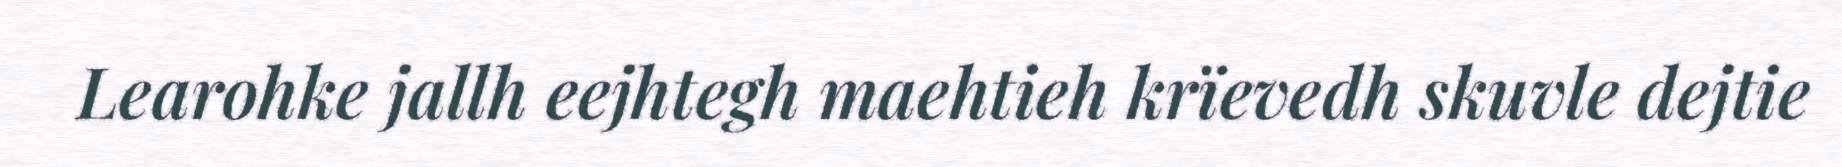
Learohke jallh eejhtegh maehtieh krïevedh skuvle dejtie